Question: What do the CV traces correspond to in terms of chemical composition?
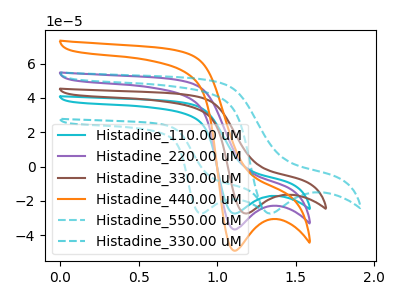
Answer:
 <answer>The cyan curve is labeled "Histadine_110.00 uM". The purple curve is labeled "Histadine_220.00 uM". The brown curve is labeled "Histadine_330.00 uM". The orange curve is labeled "Histadine_440.00 uM". The cyan dashed curve is labeled "Histadine_550.00 uM". The cyan dashed curve is labeled "Histadine_330.00 uM".</answer>
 <eval></eval>